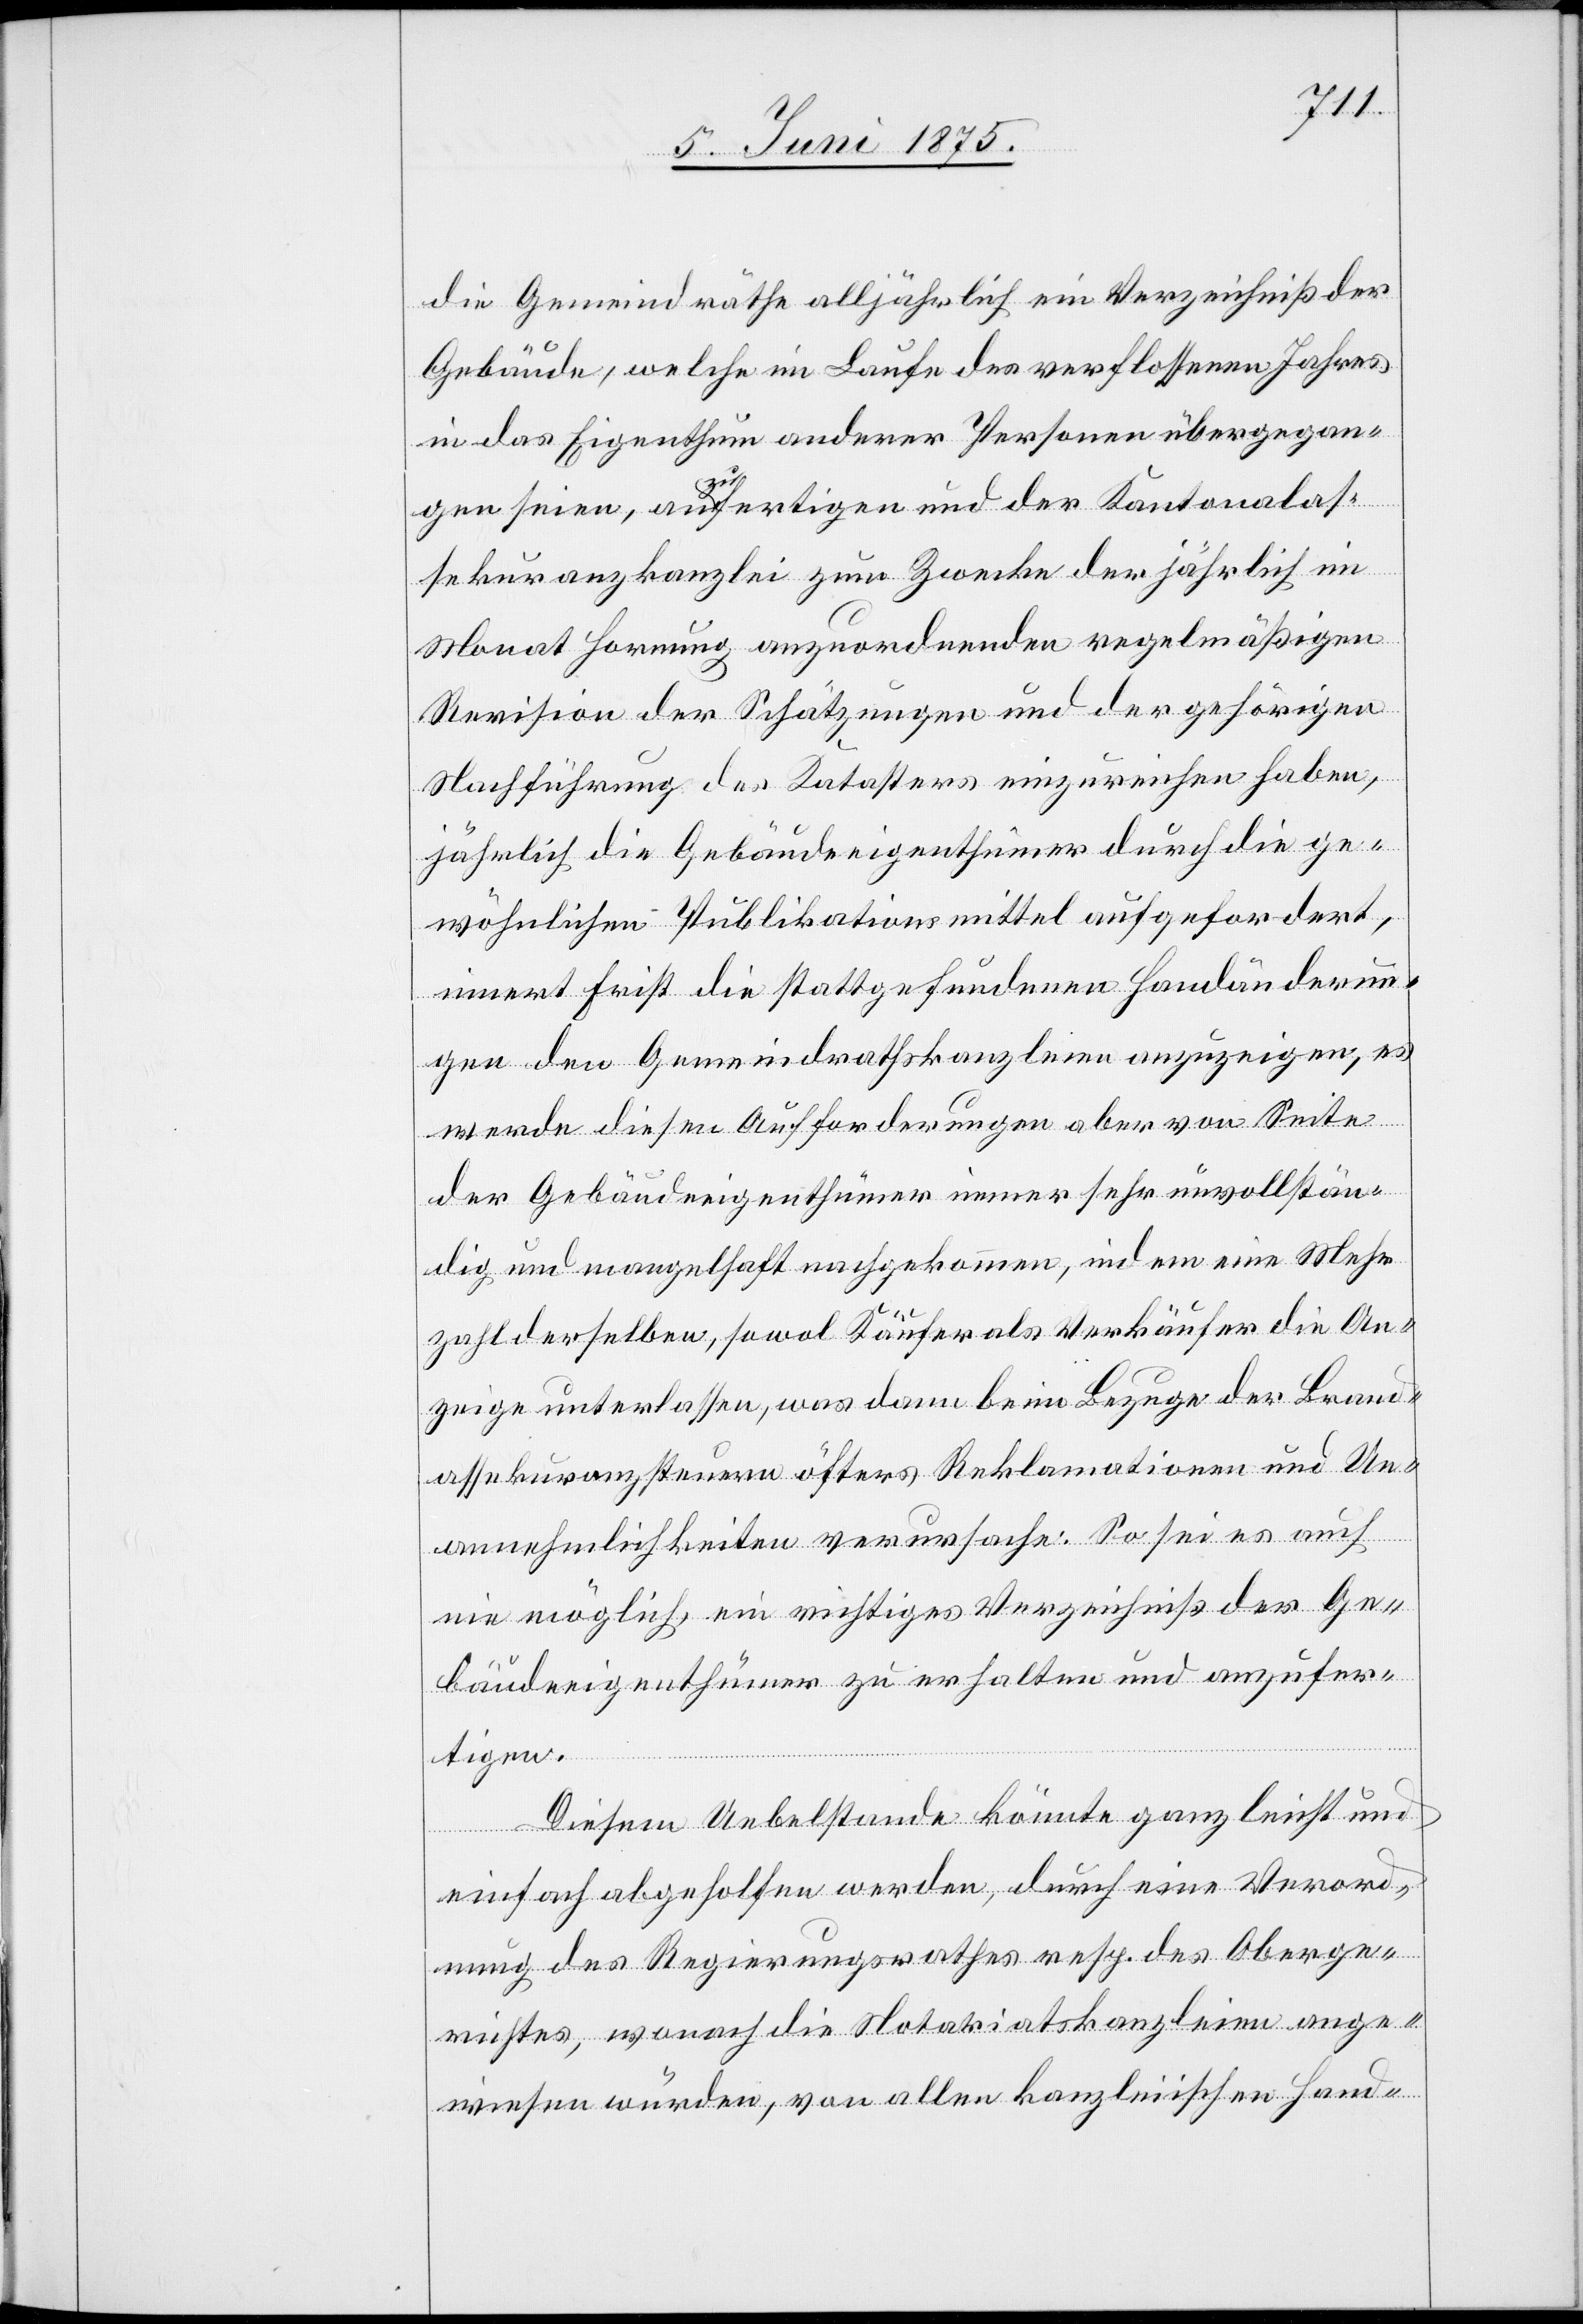
die Gemeindräthe alljährlich ein Verzeichniß der
Gebäude, welche im Laufe des verflossenen Jahres
in das Eigenthum anderer Personen übergegan¬
gen seien, anzufertigen und der Kantonalas¬
sekuranzkanzlei zum Zwecke der jährlich im
Monat Hornung anzuordnende regelmäßigen
Revision der Schätzungen und der gehörigen
Nachführung des Katasters einzurichten haben,
jährlich die Gebäudeeigenthümer durch die ge¬
wöhnlichen Publikationsmittel aufgefordert,
innert First die stattgefundenen Handänderun¬
gen der Gemeindrathskanzleien anzuzeigen, es
werde diesen Aufforderungen aber von Seite
der Gebäudeeigenthümer immer sehr unvollstän¬
dig und mangelhaft nachgekommen, indem eine Mehr¬
zahl derselben, sowol Käufer als Verkäufer die An¬
zeige unterlassen, was dann beim Bezuge der Hand¬
assekuranzsteuern öfters Reklamationen und Un¬
annehmlichkeiten verursache. So sei es auch
nie möglich, ein richtiges Verzeichniß der Ge¬
bäudeeigenthümer zu erhalten und anzufer¬
tigen.
Diesem Uebelstande könnte ganz leicht und
einfach abgeholfen werden, durch eine Verord¬
nung des Regierungsrathes resp. des Oberge¬
richtes, wonach die Notariatskanzleien ange¬
wiesen würden, von allen kanzleiischen Hand-